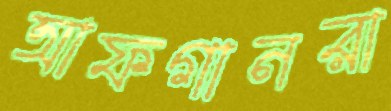
আফগানরা